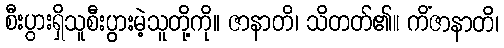
စီးပွားရှိသူစီးပွားမဲ့သူတို့ကို။ ဇာနာတိ၊ သိတတ်၏။ ကိံဇာနာတိ၊